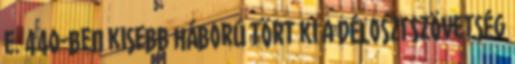
e. 440-ben kisebb háború tört ki a Déloszi Szövetség